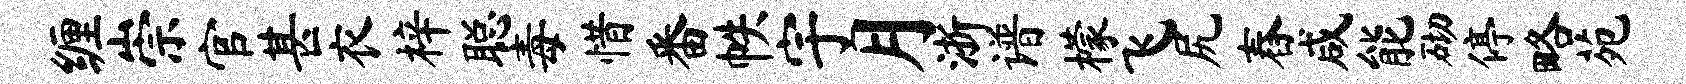
缠崇官甚衣梓聪毒惜番帙宇月浙谱檬飞尻舂咸能砌停略苑